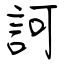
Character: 訶